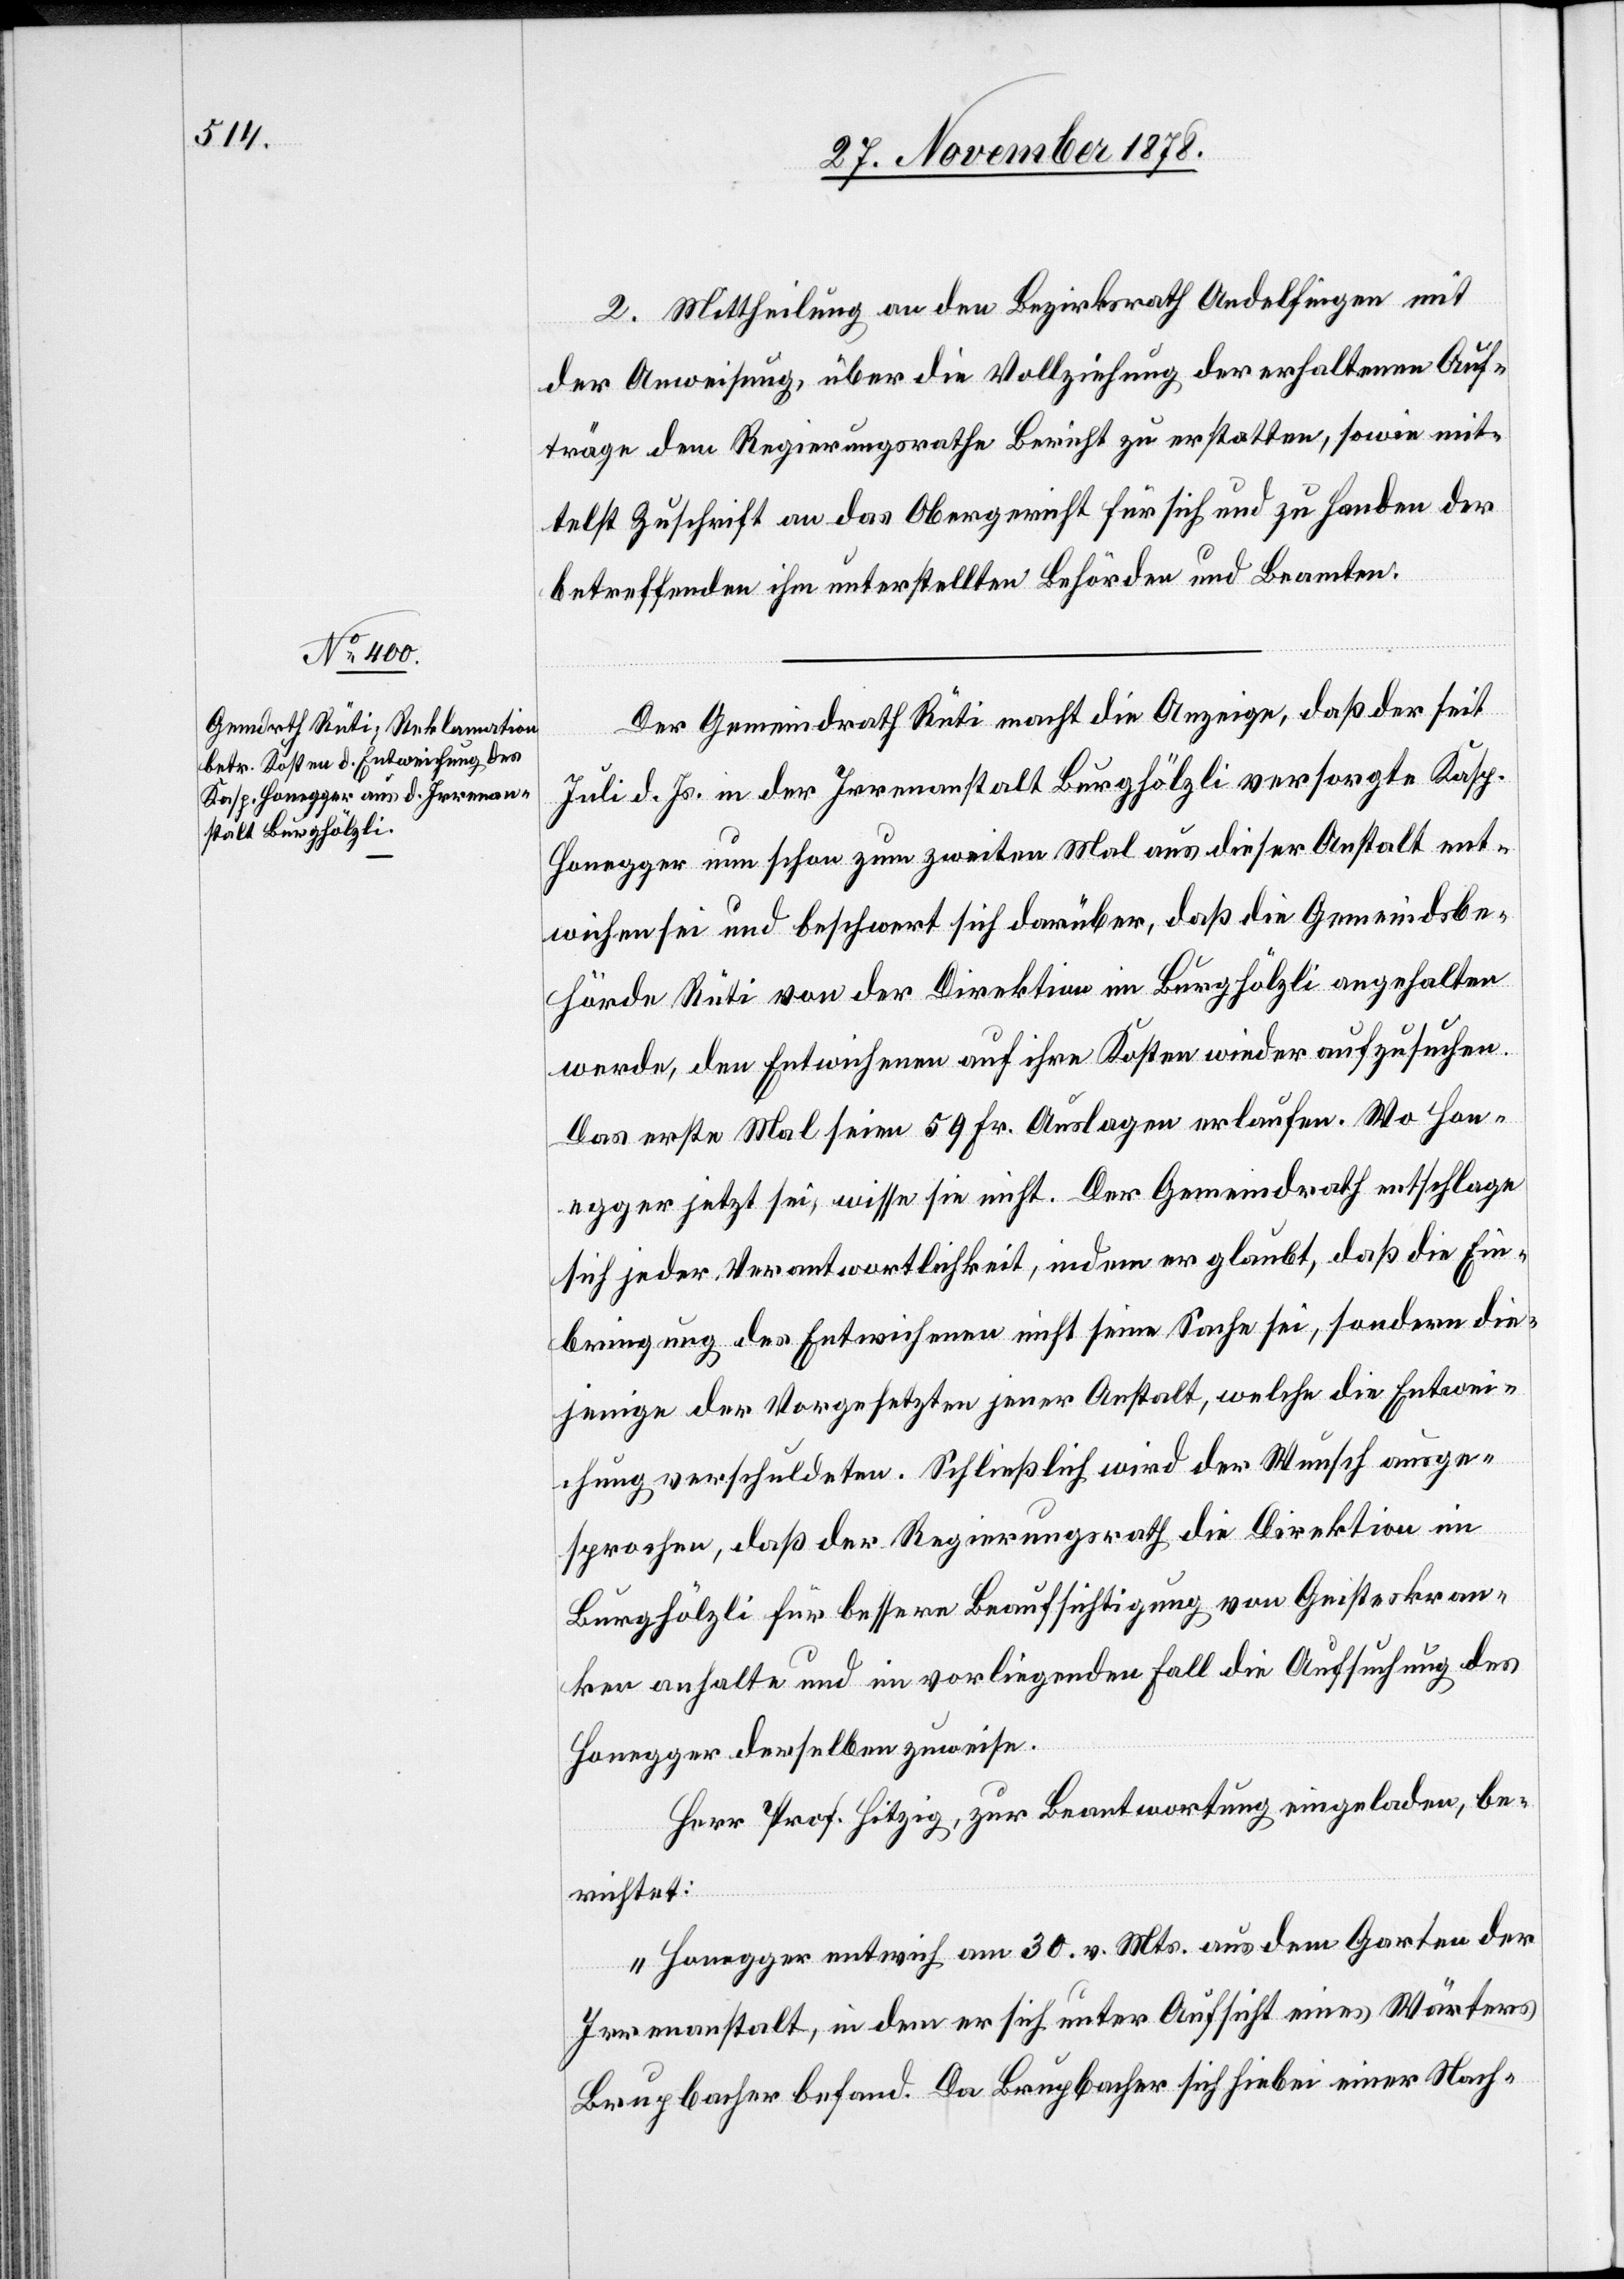
2. Mittheilung an den Bezirksrath Andelfingen mit
der Anweisung, über die Vollziehung der erhaltenen Auf¬
träge dem Regierungsrathe Bericht zu erstatten, sowie mit¬
telst Zuschrift an das Obergericht für sich und zu Handen der
betreffenden ihm unterstellten Behörden und Beamten.
Der Gemeindrath Rüti macht die Anzeige, daß der seit
Juli d. Js. in der Irrenanstalt Burghölzli versorgte Kasp.
Honegger nun schon zum zweiten Mal aus dieser Anstalt ent¬
wichen sei und beschwert sich darüber, daß die Gemeindsbe¬
hörde Rüti von der Direktion im Burghölzli angehalten
werde, den Entwichenen auf ihre Kosten wieder aufzusuchen.
Das erste Mal seien 59 Fr. Auslagen erlaufen. Wo Hon¬
egger jetzt sei, wisse sie nicht. Der Gemeindrath entschlage
sich jeder Verantwortlichkeit, indem er glaubt, daß die Ein¬
bringung des Entwichenen nicht seine Sache sei, sondern die¬
jenige der Vorgesetzten jener Anstalt, welche die Entwei¬
chung verschuldeten. Schließlich wird der Wunsch ausge¬
sprochen, daß der Regierungsrath die Direktion im
Burghölzli für bessere Beaufsichtigung von Geisteskran¬
ken anhalte und im vorliegenden Fall die Aufsuchung des
Honegger derselben zuweise.
Herr Prof. Hitzig, zur Beantwortung eingeladen, be¬
richtet:
„Honegger entwich am 30. v. Mts. aus dem Garten der
Irrenanstalt, in dem er sich unter Aufsicht eines Wärters
Brupachber befand. Da Brupacher sich hiebei einer Nach-